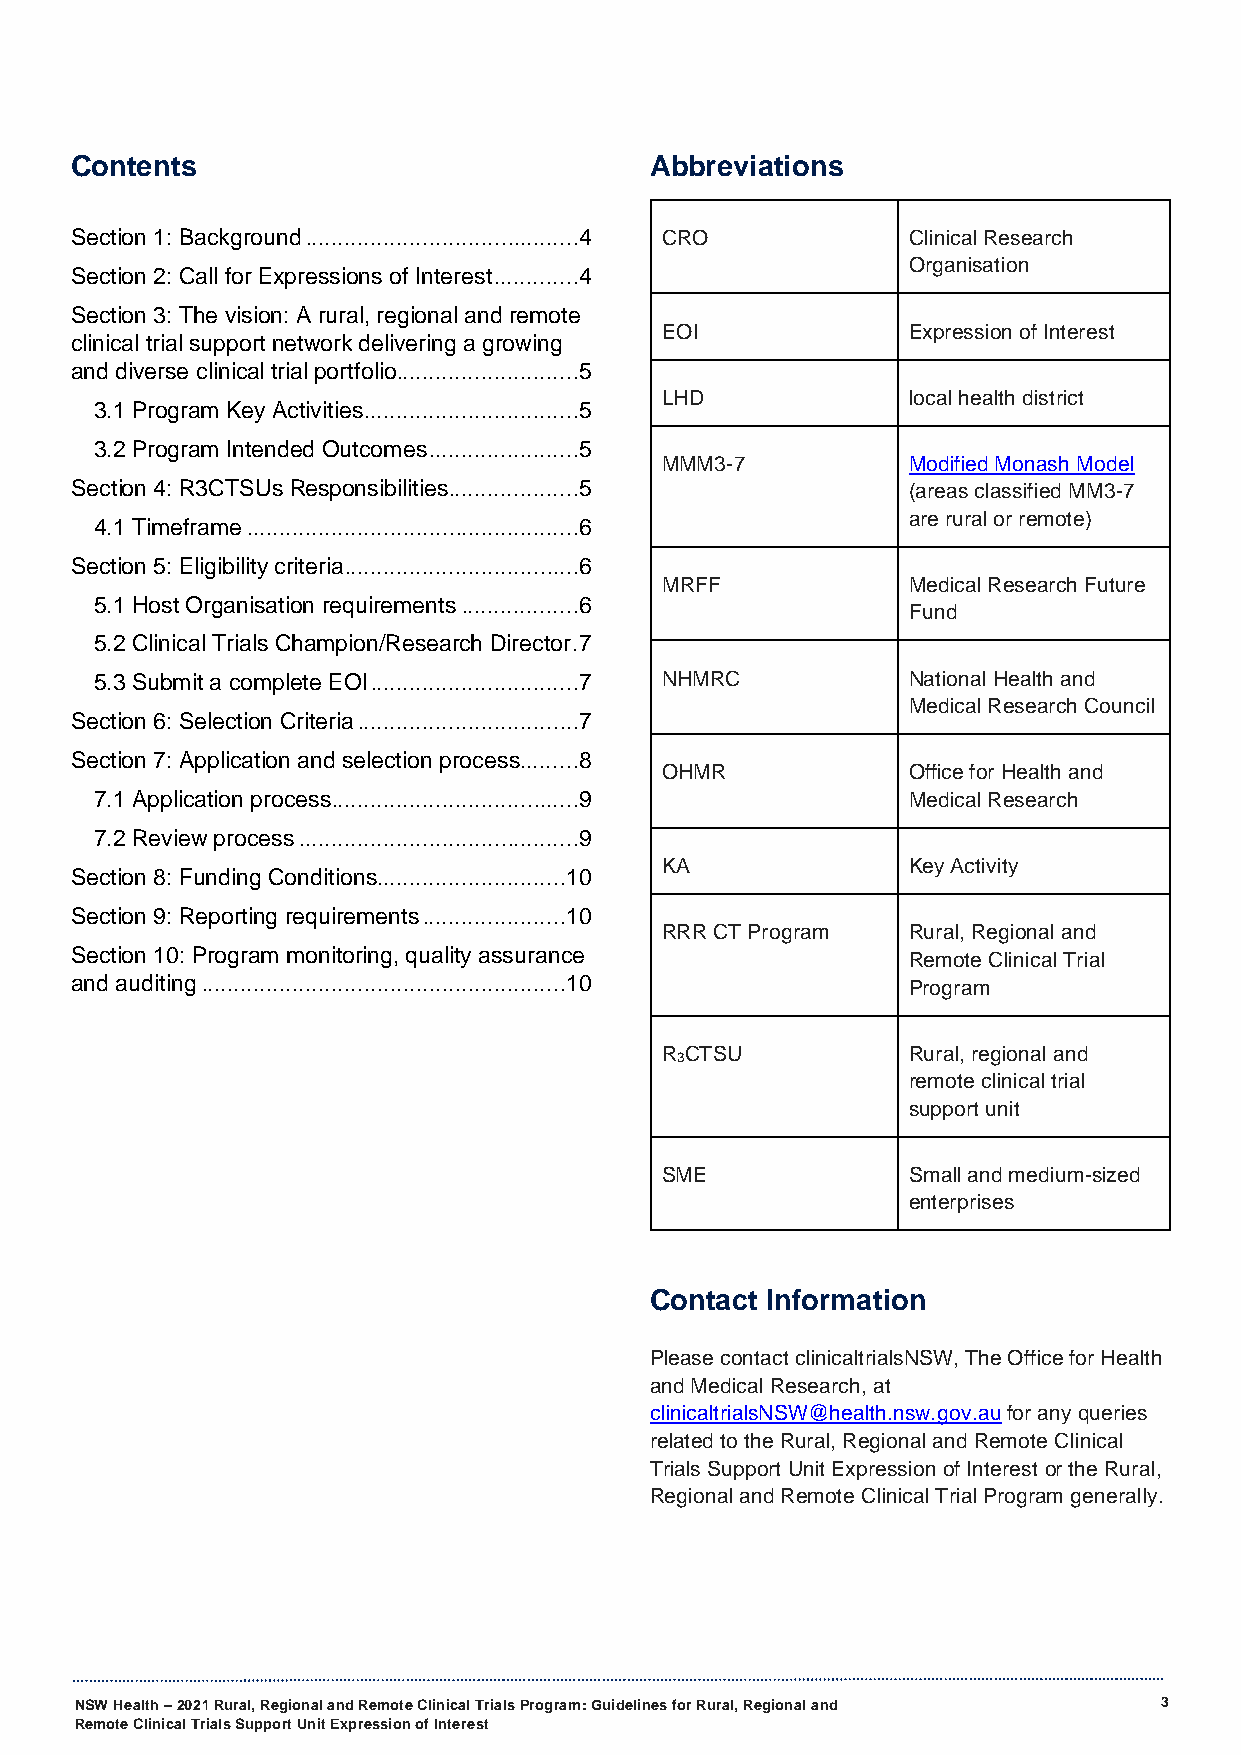
Contents                              Abbreviations
 Section 1: Background ..........................................4 CRO Clinical Research
 Organisation
 Section 2: Call for Expressions of Interest .............4
 Section 3: The vision: A rural, regional and remote
 EOI             Expression of Interest
 clinical trial support network delivering a growing
 and diverse clinical trial portfolio ............................5
 LHD             local health district
 3.1 Program Key Activities .................................5
 3.2 Program Intended Outcomes .......................5
 MMM3-7          Modified Monash Model
 Section 4: R3CTSUs Responsibilities ....................5 (areas classified MM3-7
 are rural or remote)
 4.1 Timeframe ...................................................6
 Section 5: Eligibility criteria ....................................6
 MRFF            Medical Research Future
 5.1 Host Organisation requirements ..................6
 Fund
 5.2 Clinical Trials Champion/Research Director .7
 5.3 Submit a complete EOI ................................7 NHMRC National Health and
 Medical Research Council
 Section 6: Selection Criteria ..................................7
 Section 7: Application and selection process .........8
 OHMR            Office for Health and
 7.1 Application process ......................................9 Medical Research
 7.2 Review process ...........................................9
 KA              Key Activity
 Section 8: Funding Conditions .............................10
 Section 9: Reporting requirements ......................10
 RRR CT Program  Rural, Regional and
 Section 10: Program monitoring, quality assurance      Remote Clinical Trial
 and auditing ........................................................10 Program
 R3CTSU          Rural, regional and
 remote clinical trial
 support unit
 SME             Small and medium-sized
 enterprises
 Contact Information
 Please contact clinicaltrialsNSW, The Office for Health
 and Medical Research, at
 clinicaltrialsNSW@health.nsw.gov.au for any queries
 related to the Rural, Regional and Remote Clinical
 Trials Support Unit Expression of Interest or the Rural,
 Regional and Remote Clinical Trial Program generally.
 NSW Health – 2021 Rural, Regional and Remote Clinical Trials Program: Guidelines for Rural, Regional and 3
 Remote Clinical Trials Support Unit Expression of Interest